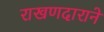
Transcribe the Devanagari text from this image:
राखणदाराने